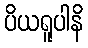
ပိယရူပါနိ